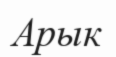
Арык